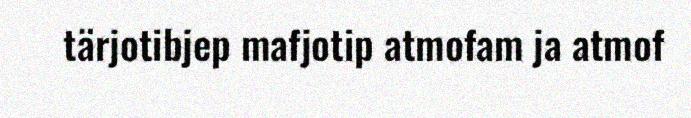
tärjotibjep mafjotip atmofam ja atmof